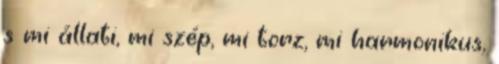
s mi állati, mi szép, mi torz, mi harmonikus,